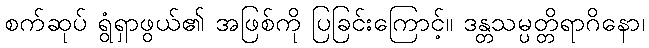
စက်ဆုပ် ရွံရှာဖွယ်၏ အဖြစ်ကို ပြခြင်းကြောင့်။ ဒန္တသမ္ပတ္တိရာဂိနော၊